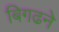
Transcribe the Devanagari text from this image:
बिगढने